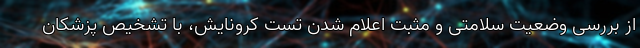
از بررسی وضعیت سلامتی‌ و مثبت اعلام شدن تست کرونایش، با تشخیص پزشکان